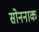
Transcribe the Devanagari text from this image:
सोननाक